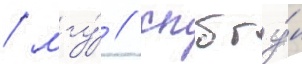
/ мгу́ / спбгу́